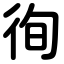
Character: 徇